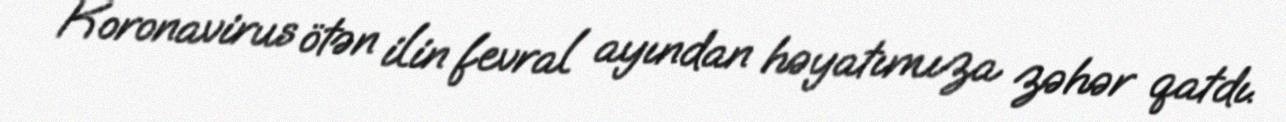
Koronavirus ötən ilin fevral ayından həyatımıza zəhər qatdı.